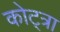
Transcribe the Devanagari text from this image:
कोट्त्रा